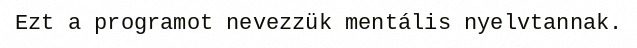
Ezt a programot nevezzük mentális nyelvtannak.